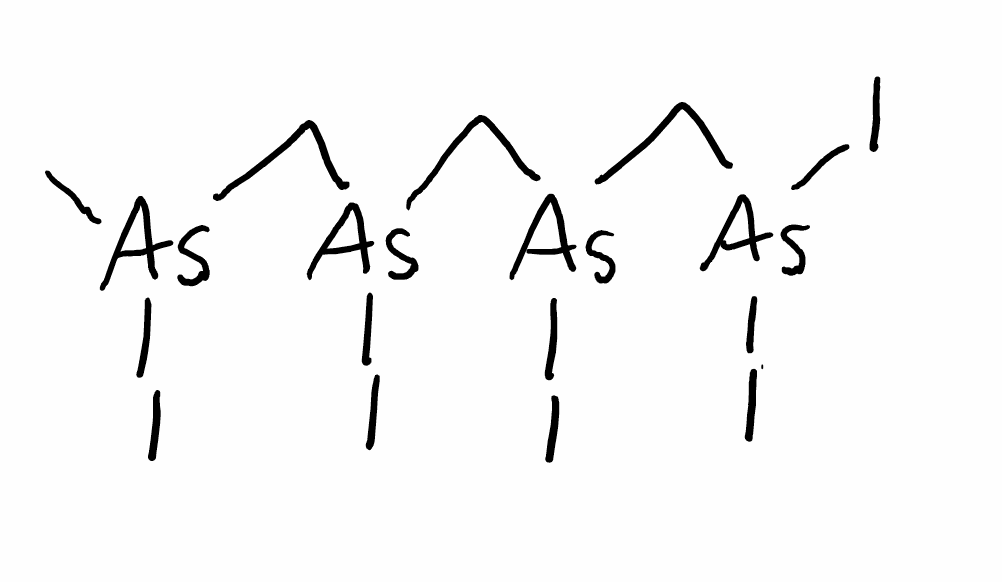
Simplified molecular-input line-entry system (SMILES) notation of the given molecule:
C([As](C[As](I)I)I)[As](C[As](I)I)I